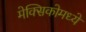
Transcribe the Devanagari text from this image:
मेक्‍सिकोमध्ये